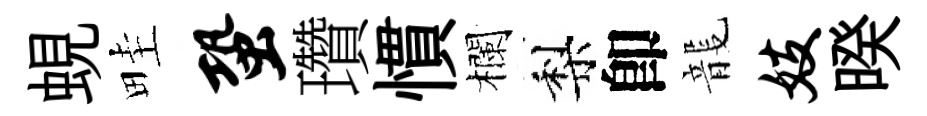
蜆畦蛩瓚慣欄梨卽龍妓暌